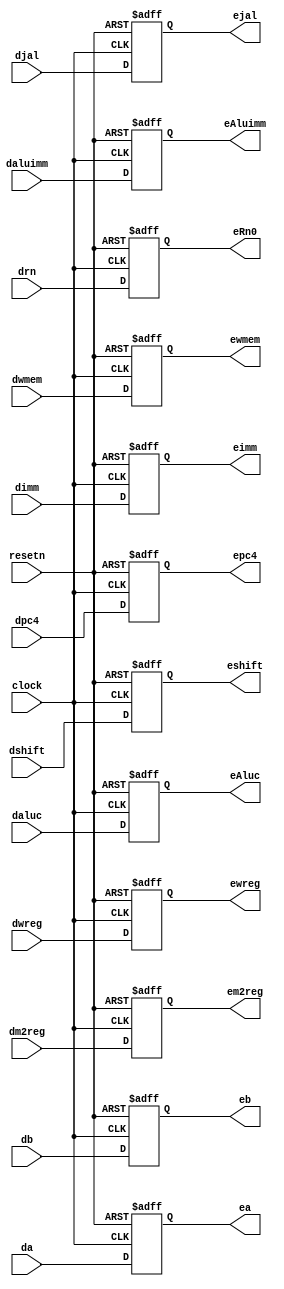
module pipedereg( dwreg,dm2reg,dwmem,daluc,daluimm,da,db,dimm,drn,dshift,
							djal,dpc4,clock,resetn,ewreg,em2reg,ewmem,eAluc,eAluimm,
							ea,eb,eimm,eRn0,eshift,ejal,epc4 ); // ID/EXE 
	input clock,resetn,dwreg,dm2reg,dwmem,djal,daluimm,dshift;
	input [31:0]da,db,dimm,dpc4;
	input [3:0]daluc;
	input [4:0]drn;
	
	output reg ewreg,em2reg,ewmem,ejal,eAluimm,eshift;
	output reg[31:0] ea,eb,epc4,eimm;
	output reg[3:0] eAluc;
	output reg[4:0] eRn0;
	
	always@(negedge resetn or posedge clock)
		if(resetn==0)
			begin
				ewreg<=0;
				em2reg<=0;
				ewmem<=0;
				ejal<=0;
				eAluc<=0;
				eAluimm<=0;
				eshift<=0;
				epc4<=0;
				ea<=0;
				eb<=0;
				eRn0<=0;
				eimm<=0;
			end
		else
			begin
				ewreg<=dwreg;
				em2reg<=dm2reg;
				ewmem<=dwmem;
				ejal<=djal;
				eAluc<=daluc;
				eAluimm<=daluimm;
				eshift<=dshift;
				epc4<=dpc4;
				ea<=da;
				eb<=db;
				eimm<=dimm;
				eRn0<=drn;
			end
endmodule